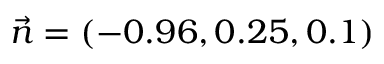
\vec { n } = ( - 0 . 9 6 , 0 . 2 5 , 0 . 1 )